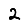
Digit: 2